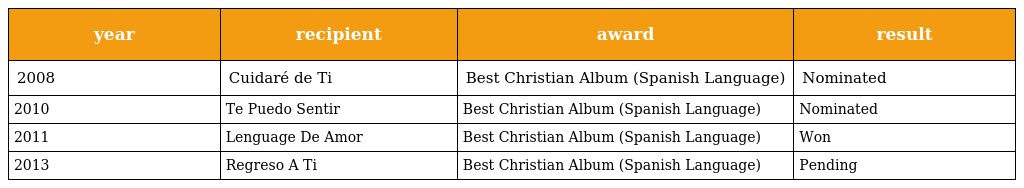
| year | recipient | award | result |
 | --- | --- | --- | --- |
 | 2008 | Cuidaré de Ti | Best Christian Album (Spanish Language) | Nominated |
 | 2010 | Te Puedo Sentir | Best Christian Album (Spanish Language) | Nominated |
 | 2011 | Lenguage De Amor | Best Christian Album (Spanish Language) | Won |
 | 2013 | Regreso A Ti | Best Christian Album (Spanish Language) | Pending |